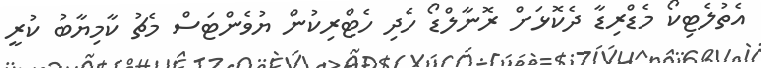
އެތުލެޓިކޯ މެޑްރިޑާ ދެކޮޅަށް ރޮނާލްޑޯ ހެދި ހެޓްރިކުން ޔުވެންޓަސް މެޗު ކާމިޔާބު ކުރީ